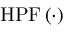
\mathrm { H P F } \left( \cdot \right)